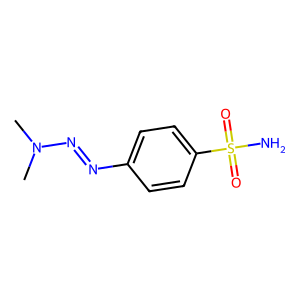
SMILES: CN(C)N=Nc1ccc(S(N)(=O)=O)cc1
Inhibits HIV replication: No